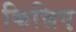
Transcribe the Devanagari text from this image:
किन्निए